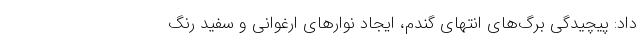
داد: پیچیدگی برگ‌های انتهای گندم، ایجاد نوار‌های ارغوانی و سفید رنگ